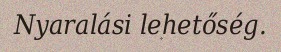
Nyaralási lehetőség.